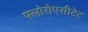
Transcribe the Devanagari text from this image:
फ्लोरोएसीटेट